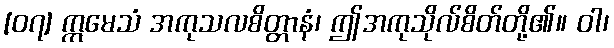
[၀၇] ဣမေသံ အကုသလစိတ္တာနံ၊ ဤအကုသိုလ်စိတ်တို့၏။ ဝါ၊